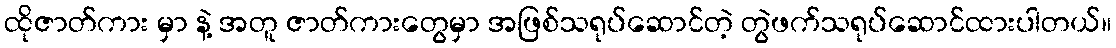
ထိုဇာတ်ကား မှာ နဲ့ အတူ ဇာတ်ကားတွေမှာ အဖြစ်သရုပ်ဆောင်တဲ့ တွဲဖက်သရုပ်ဆောင်ထားပါတယ်။